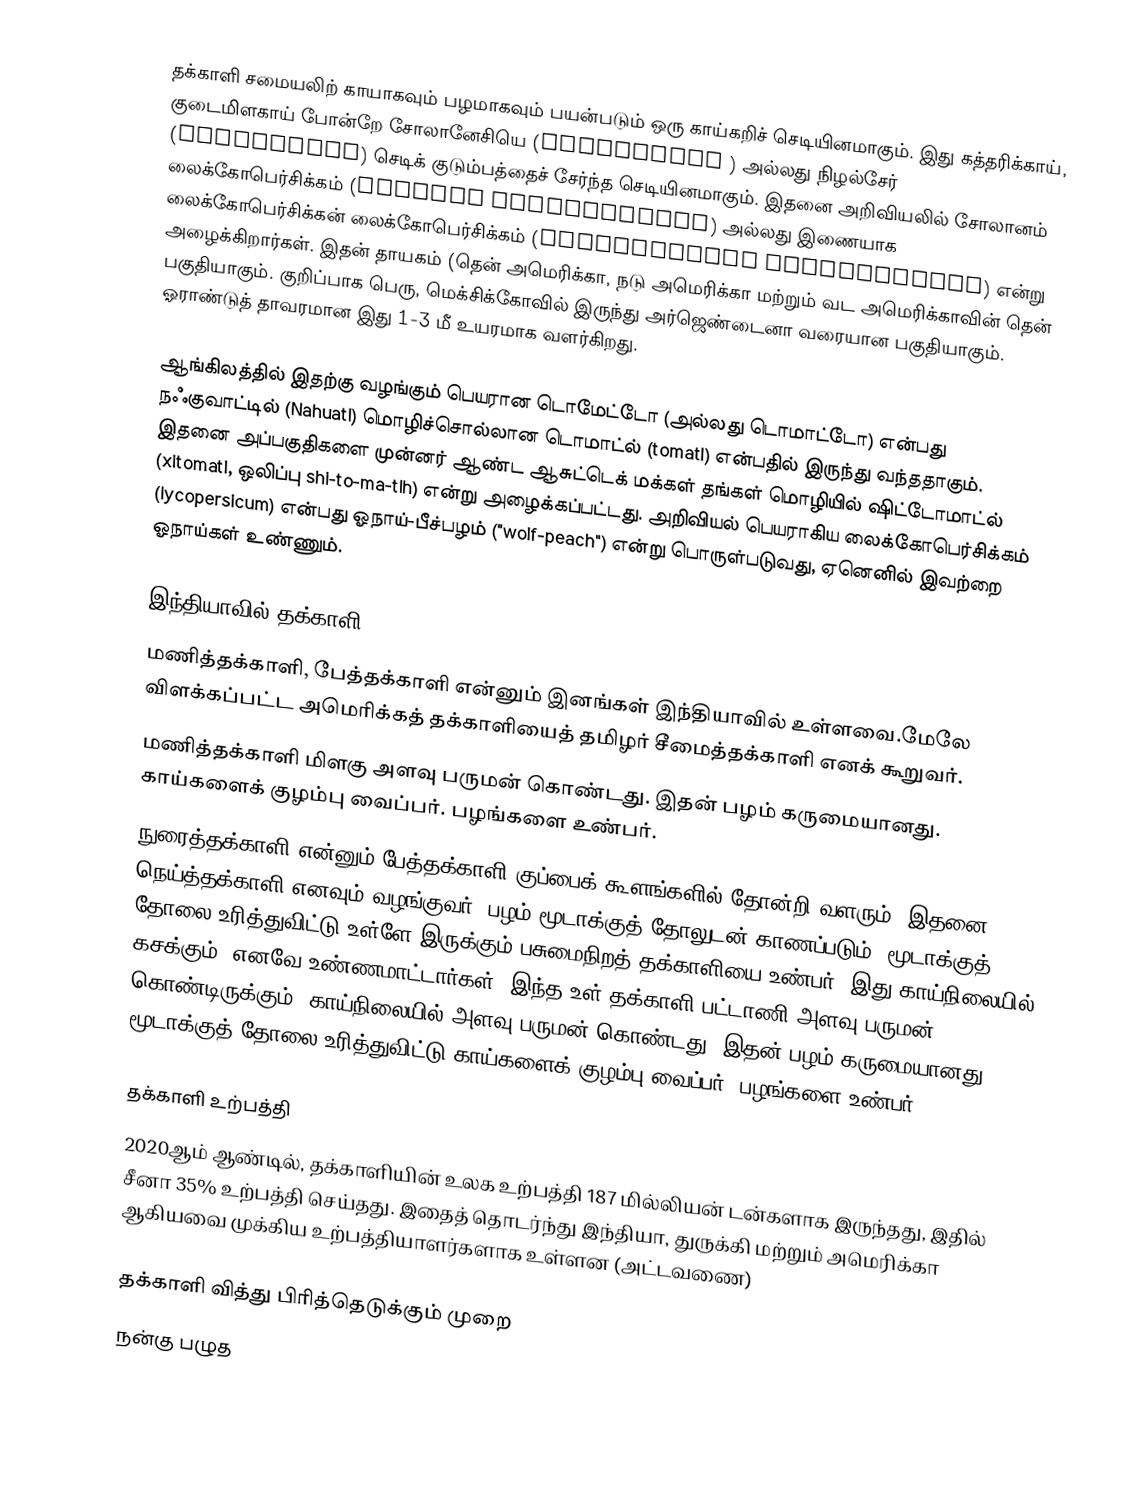
தக்காளி சமையலிற் காயாகவும் பழமாகவும் பயன்படும் ஒரு காய்கறிச் செடியினமாகும். இது கத்தரிக்காய், குடைமிளகாய் போன்றே சோலானேசியெ (Solanaceae ) அல்லது நிழல்சேர் (nightshade) செடிக் குடும்பத்தைச் சேர்ந்த செடியினமாகும். இதனை அறிவியலில் சோலானம் லைக்கோபெர்சிக்கம் (Solanum lycopersicum) அல்லது இணையாக லைக்கோபெர்சிக்கன் லைக்கோபெர்சிக்கம் (Lycopersicon lycopersicum) என்று அழைக்கிறார்கள். இதன் தாயகம் (தென் அமெரிக்கா, நடு அமெரிக்கா மற்றும் வட அமெரிக்காவின் தென் பகுதியாகும். குறிப்பாக பெரு, மெக்சிக்கோவில் இருந்து அர்ஜெண்டைனா வரையான பகுதியாகும். ஓராண்டுத் தாவரமான இது 1-3 மீ உயரமாக வளர்கிறது.

ஆங்கிலத்தில் இதற்கு வழங்கும் பெயரான டொமேட்டோ (அல்லது டொமாட்டோ) என்பது நஃகுவாட்டில் (Nahuatl) மொழிச்சொல்லான டொமாட்ல் (tomatl) என்பதில் இருந்து வந்ததாகும். இதனை அப்பகுதிகளை முன்னர் ஆண்ட ஆசுட்டெக் மக்கள் தங்கள் மொழியில் ஷிட்டோமாட்ல் (xitomatl, ஒலிப்பு shi-to-ma-tlh) என்று அழைக்கப்பட்டது. அறிவியல் பெயராகிய லைக்கோபெர்சிக்கம் (lycopersicum) என்பது ஓநாய்-பீச்பழம் ("wolf-peach") என்று பொருள்படுவது, ஏனெனில் இவற்றை ஓநாய்கள் உண்ணும்.

இந்தியாவில் தக்காளி
மணித்தக்காளி, பேத்தக்காளி என்னும் இனங்கள் இந்தியாவில் உள்ளவை.மேலே விளக்கப்பட்ட அமெரிக்கத் தக்காளியைத் தமிழர் சீமைத்தக்காளி எனக் கூறுவர்.
 மணித்தக்காளி மிளகு அளவு பருமன் கொண்டது. இதன் பழம் கருமையானது. காய்களைக் குழம்பு வைப்பர். பழங்களை உண்பர்.
 நுரைத்தக்காளி என்னும் பேத்தக்காளி குப்பைக் கூளங்களில் தோன்றி வளரும். இதனை நெய்த்தக்காளி எனவும் வழங்குவர். பழம் மூடாக்குத் தோலுடன் காணப்படும். மூடாக்குத் தோலை உரித்துவிட்டு உள்ளே இருக்கும் பசுமைநிறத் தக்காளியை உண்பர். இது காய்நிலையில் கசக்கும். எனவே உண்ணமாட்டார்கள். இந்த உள் தக்காளி  பட்டாணி அளவு பருமன் கொண்டிருக்கும். காய்நிலையில்  அளவு பருமன் கொண்டது. இதன் பழம் கருமையானது. மூடாக்குத் தோலை உரித்துவிட்டு காய்களைக் குழம்பு வைப்பர். பழங்களை உண்பர்.

தக்காளி உற்பத்தி
2020ஆம் ஆண்டில், தக்காளியின் உலக உற்பத்தி 187 மில்லியன் டன்களாக இருந்தது, இதில் சீனா 35% உற்பத்தி செய்தது. இதைத் தொடர்ந்து இந்தியா, துருக்கி மற்றும் அமெரிக்கா ஆகியவை முக்கிய உற்பத்தியாளர்களாக உள்ளன (அட்டவணை)

தக்காளி வித்து பிரித்தெடுக்கும் முறை
நன்கு பழுத